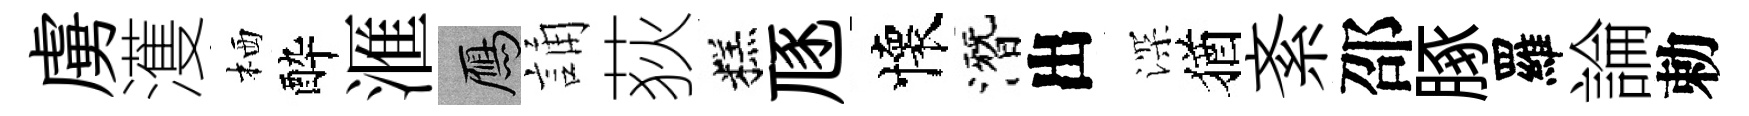
虜濩栖酔滙鴈誦荻糕豗懷潛出深猶紊邵䐁羅論勅